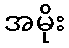
အမိုး